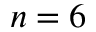
n = 6